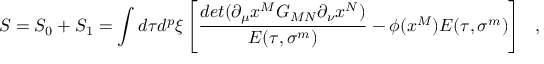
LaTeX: S = S _ { 0 } + S _ { 1 } = \int d \tau d ^ { p } \xi \left[ { \frac { d e t ( \partial _ { \mu } x ^ { M } G _ { M N } \partial _ { \nu } x ^ { N } ) } { E ( \tau , \sigma ^ { m } ) } } - { \phi ( x ^ { M } ) } E ( \tau , \sigma ^ { m } ) \right] ~ ~ ,